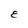
Character: E